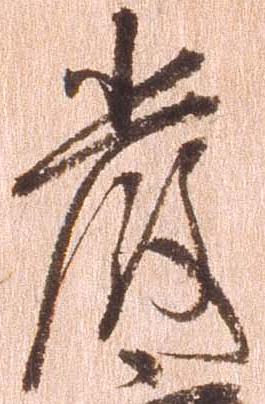
厳